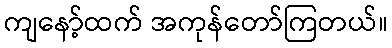
ကျနော့်ထက် အကုန်တော်ကြတယ်။